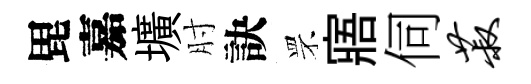
毘嘉壙肘訣罘寤伺菽